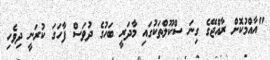
"އާއްމުކޮށް ރާއްޖޭގެ ގިނަ ސްކޫލްތަކުގައި މާދަރީ ބަހުގެ ދުވަސް ފާހަގަ ކުރަނީ ދިވެހި